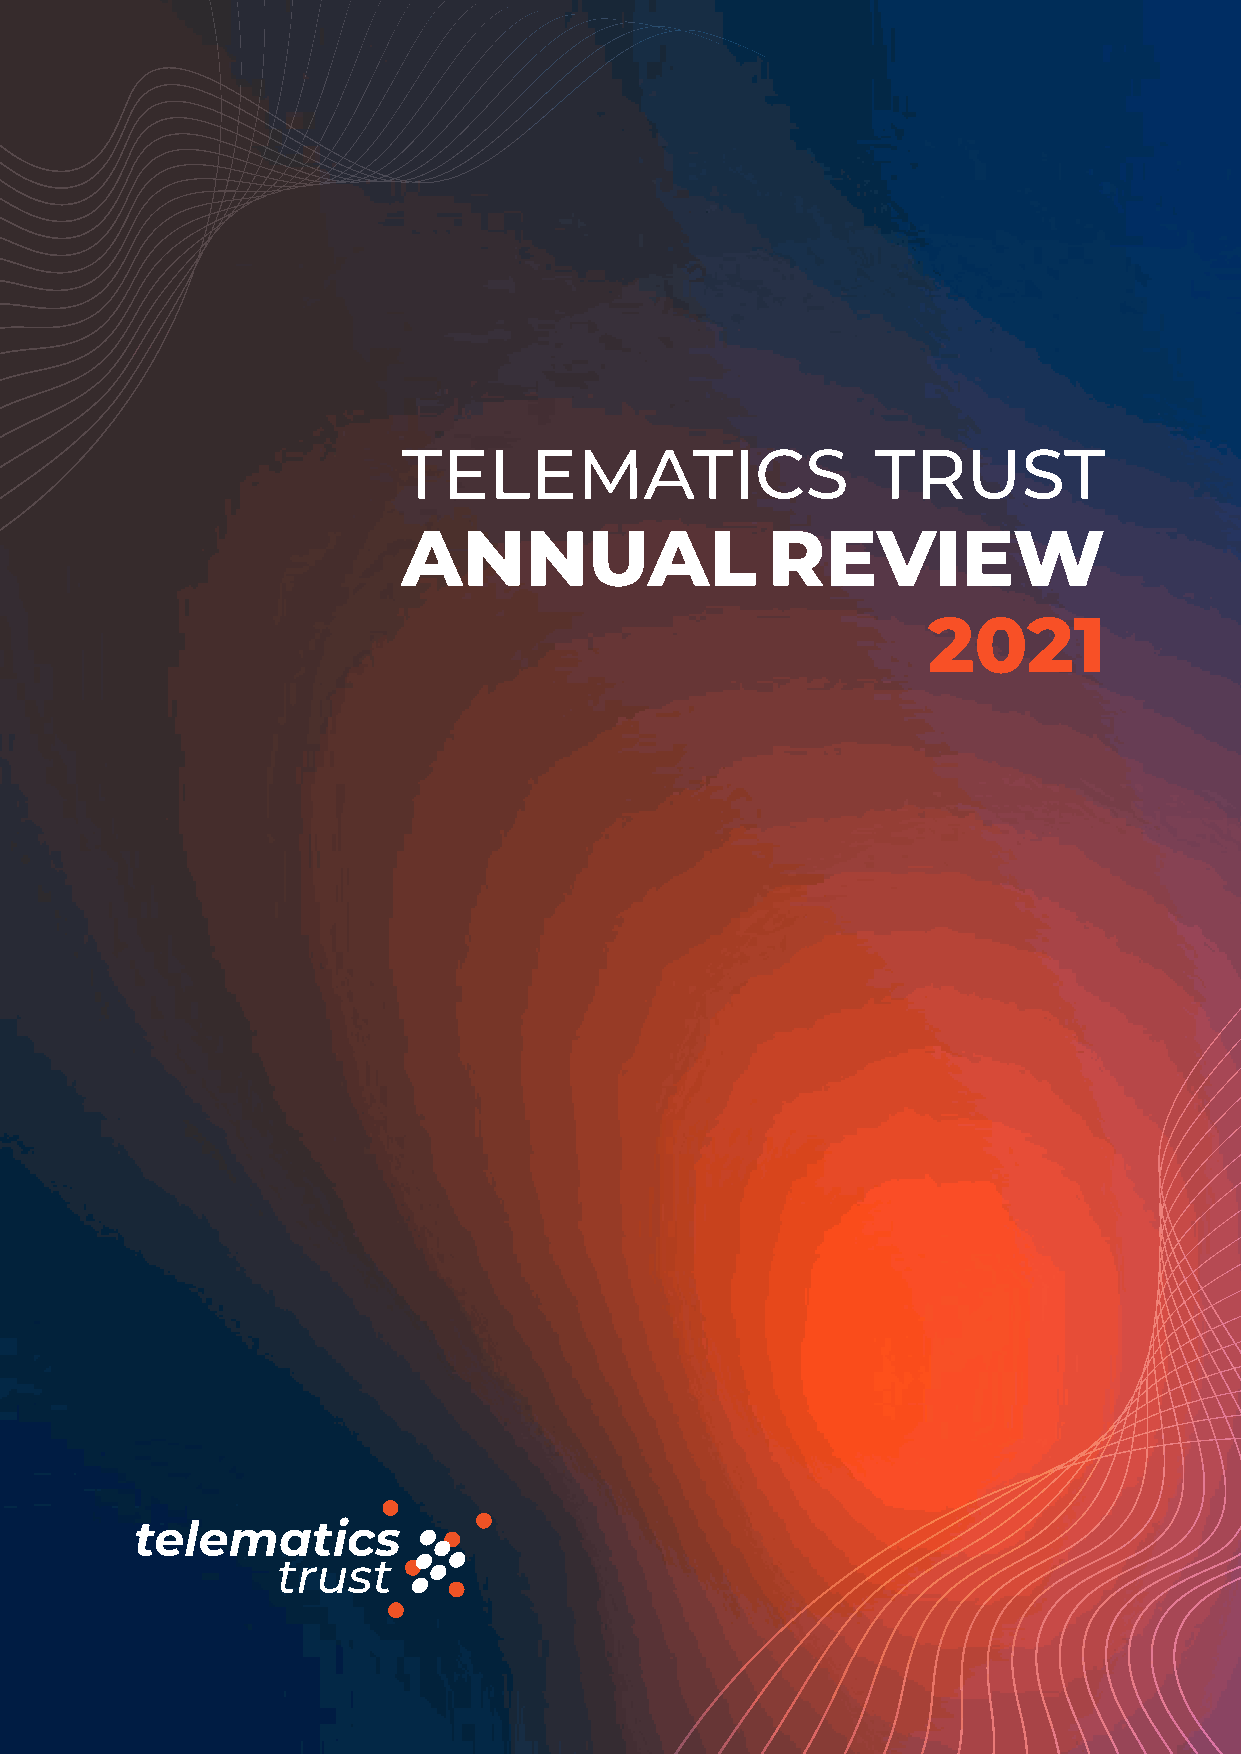
TELEMATICS                     TRUST
 ANNUAL                  REVIEW
 2021
 Telematics Trust | Annual Review 2021 1